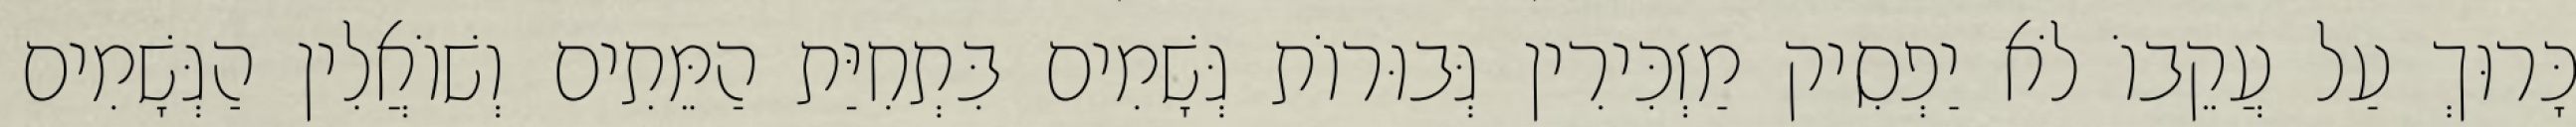
כָּרוּךְ עַל עֲקֵבוֹ לֹא יַפְסִיק מַזְכִּירִין גְּבוּרוֹת גְּשָׁמִים בִּתְחִיַּת הַמֵּתִים וְשׁוֹאֲלִין הַגְּשָׁמִים